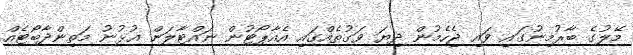
މޭލުގެ ބާރުމިނުގައި ވައި ޖެހެމުން ދިޔަ ވަގުތެއްގައި އެއާޕޯޓުން ނައްޓާލަން އުޅުނު މަތިންދާބޯޓެއް